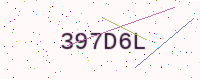
Text: 397D6L